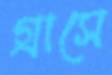
গ্রাসে